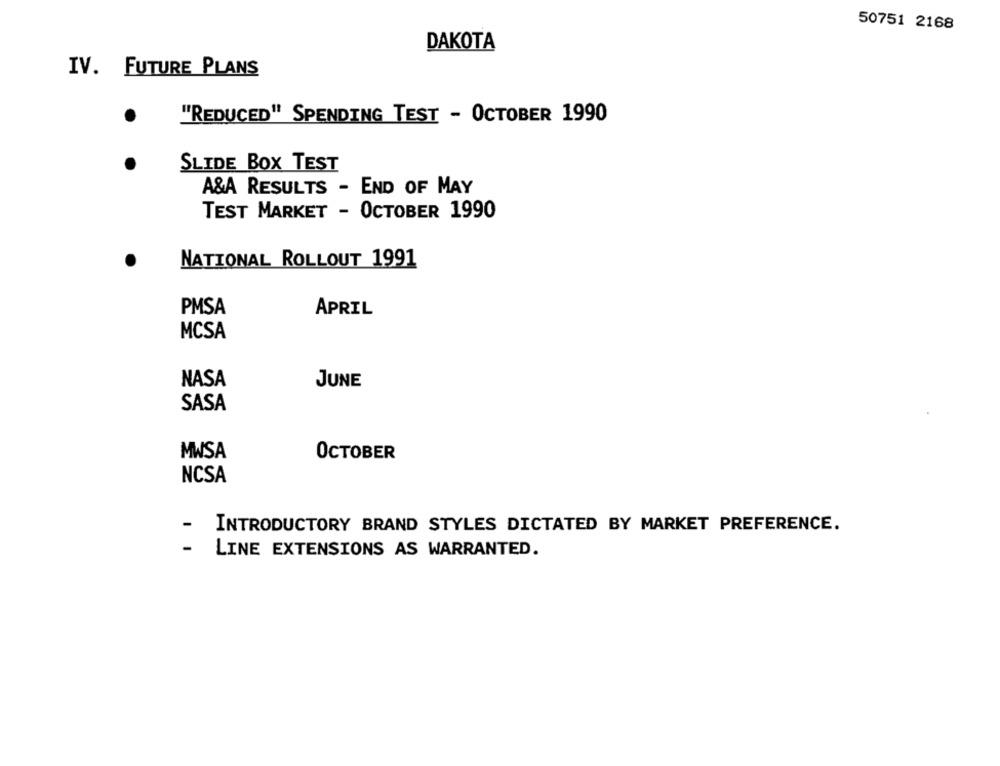
50751 2168
DAKOTA
IV. FUTURE PLANS
"REDUCED" SPENDING TEST - OCTOBER 1990
SLIDE BOX TEST
A&A RESULTS - END OF MAY
TEST MARKET - OCTOBER 1990
NATIONAL ROLLOUT 1991
PMSA
APRIL
MCSA
NASA
JUNE
SASA
MWSA
OCTOBER
NCSA
INTRODUCTORY BRAND STYLES DICTATED BY MARKET PREFERENCE.
-
LINE EXTENSIONS AS WARRANTED.